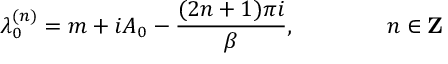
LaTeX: \lambda _ { 0 } ^ { ( n ) } = m + i A _ { 0 } - \frac { ( 2 n + 1 ) \pi i } { \beta } , \qquad \qquad n \in { \bf Z }